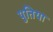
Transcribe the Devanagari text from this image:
पुतिया